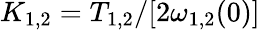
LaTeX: K_{1,2}=T_{1,2}/[2\omega_{1,2}(0)]